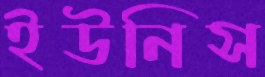
ইউনিস